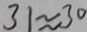
3 1 \approx 3 0